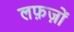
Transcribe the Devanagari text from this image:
लफ़ज़ों